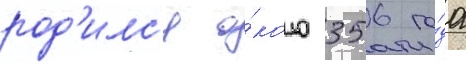
род'илс'я о́коло 356 го́да